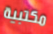
مكتبية